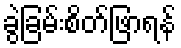
ခွဲခြမ်းစိတ်ဖြာရန်